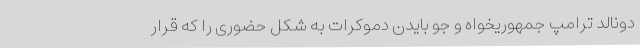
دونالد ترامپ جمهوریخواه و جو بایدن دموکرات به شکل حضوری را که قرار